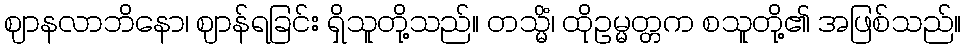
ဈာနလာဘိနော၊ ဈာန်ရခြင်း ရှိသူတို့သည်။ တသ္မိံ၊ ထိုဥမ္မတ္တက စသူတို့၏ အဖြစ်သည်။